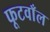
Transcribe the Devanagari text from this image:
फूटवाँल